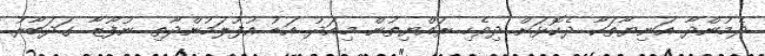
ދެމުންދާ އަނިޔާތަކާ ދެކޮޅަށް ދިވެހި ރައްޔިތުން މިއަދު އަޑު އުފުލަމުންދާތި ނުފޫޒާ ގަދަބާރު